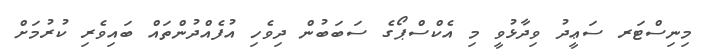
މިނިސްޓަރ ސަޢީދު ވިދާޅުވީ މި އެކްސްޕޯގެ ސަބަބުން ދިވެހި އުފެއްދުންތައް ބައިވެރި ކުރުމަށް